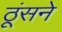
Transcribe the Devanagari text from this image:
ठूंसने